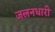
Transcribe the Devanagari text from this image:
जलनधारी